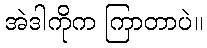
အဲဒါကိုက ကြာတာပဲ။